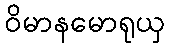
ဝိမာနမောရုယှ